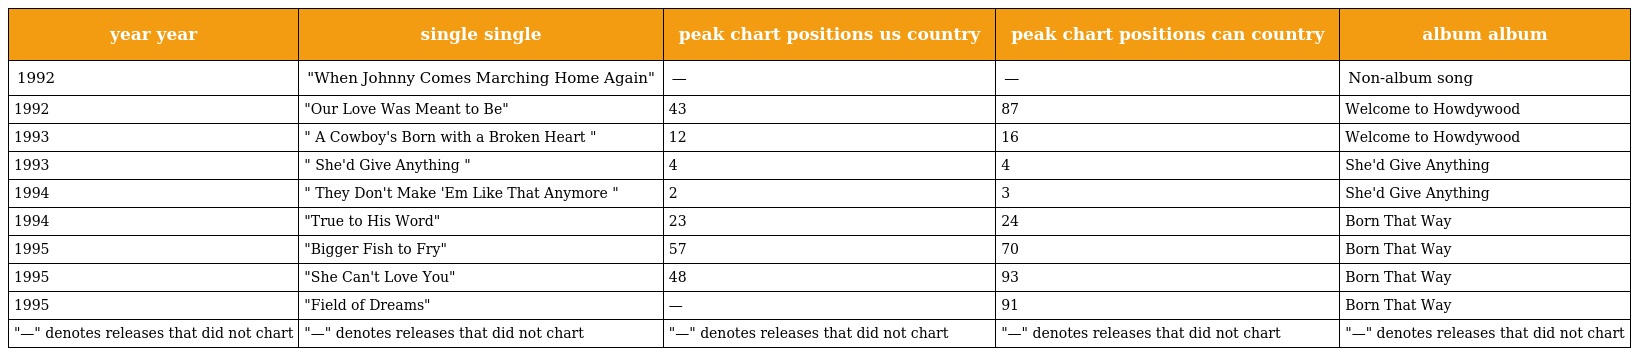
| year year | single single | peak chart positions us country | peak chart positions can country | album album |
 | --- | --- | --- | --- | --- |
 | 1992 | "When Johnny Comes Marching Home Again" | — | — | Non-album song |
 | 1992 | "Our Love Was Meant to Be" | 43 | 87 | Welcome to Howdywood |
 | 1993 | " A Cowboy's Born with a Broken Heart " | 12 | 16 | Welcome to Howdywood |
 | 1993 | " She'd Give Anything " | 4 | 4 | She'd Give Anything |
 | 1994 | " They Don't Make 'Em Like That Anymore " | 2 | 3 | She'd Give Anything |
 | 1994 | "True to His Word" | 23 | 24 | Born That Way |
 | 1995 | "Bigger Fish to Fry" | 57 | 70 | Born That Way |
 | 1995 | "She Can't Love You" | 48 | 93 | Born That Way |
 | 1995 | "Field of Dreams" | — | 91 | Born That Way |
 | "—" denotes releases that did not chart | "—" denotes releases that did not chart | "—" denotes releases that did not chart | "—" denotes releases that did not chart | "—" denotes releases that did not chart |